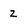
Character: 2